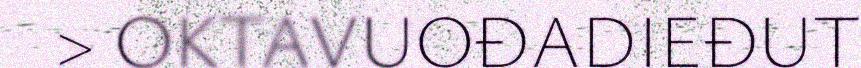
> OKTAVUOĐADIEĐUT